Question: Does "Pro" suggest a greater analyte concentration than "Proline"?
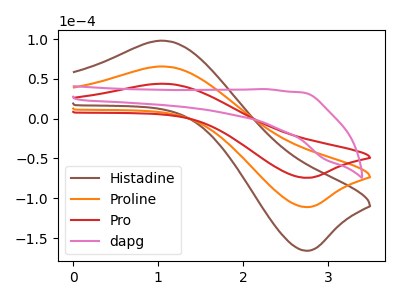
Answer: <think>The brown curve "Histadine" has an anodic peak at (1.05V, 131.10uA) and a cathodic peak at (2.75V, -222.10uA). The orange curve "Proline" has an anodic peak at (1.05V, 65.55uA) and a cathodic peak at (2.75V, -111.05uA). The red curve "Pro" has an anodic peak at (1.05V, 43.90uA) and a cathodic peak at (2.75V, -74.35uA). The pink curve "dapg" has no peaks.
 All the peaks in "Pro" have a peak in "Proline" at the same potential. Every peak in "Pro" is lower than every peak in "Proline".</think>
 <answer>"Pro" has less signal than "Proline".</answer>
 <eval>less_signal</eval>